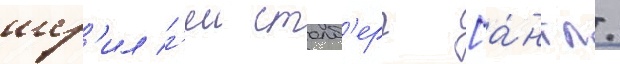
шер'ил г'еи столб'ерг [а́нгл.